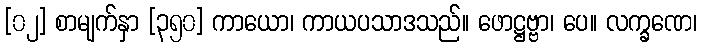
[၀၂] စာမျက်နှာ [၃၅၀] ကာယော၊ ကာယပသာဒသည်။ ဖောဋ္ဌဗ္ဗာ၊ ပေ။ လက္ခဏေ၊